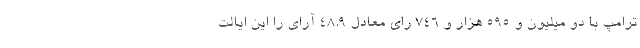
ترامپ با دو میلیون و ۵۹۵ هزار و ۷۴۶ رای معادل ۴۸.۹ آرای را این ایالت